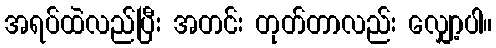
အရပ်ထဲလည်ပြီး အတင်း တုတ်တာလည်း လျှော့ပါ။